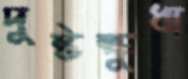
দুষ্টক্ষুধা